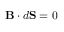
\mathbf { B } \cdot d \mathbf { S } = 0